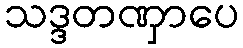
သဒ္ဒတဏှာပေ